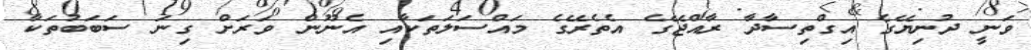
ވަނީ ދުނިޔޭގެ އިގްތިސާދާ ރާއްޖޭގެ އެތެރޭގެ މައްސަލަތަކާއި އެނޫން ވަރަށް ގިނަ ސަބަބުތަކާ